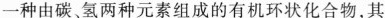
一种由碳、氢两种元素组成的有机环状化合物，其